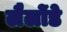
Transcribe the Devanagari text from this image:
लैलोंडे